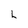
Character: L